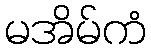
မအိမ်ကံ